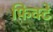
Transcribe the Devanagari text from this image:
फ़िक्टे